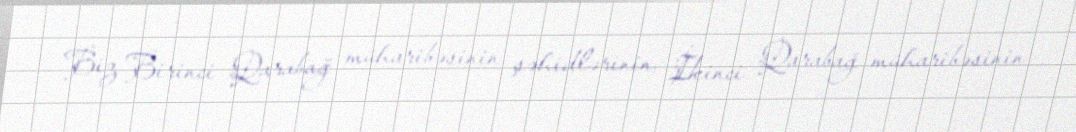
Biz Birinci Qarabağ müharibəsinin şəhidlərinin, İkinci Qarabağ müharibəsinin